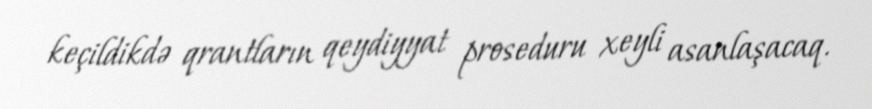
keçildikdə qrantların qeydiyyat proseduru xeyli asanlaşacaq.